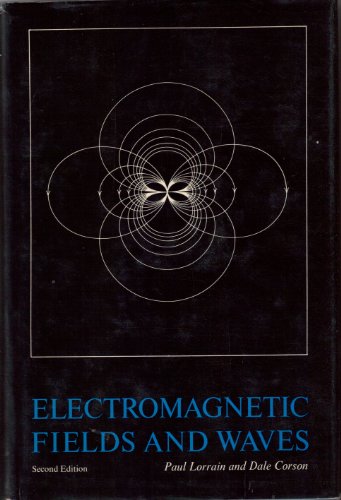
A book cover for Electromagnetic Fields and Waves; Paul Lorrain; Science & Math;